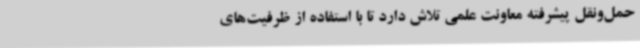
حمل‌ونقل پیشرفته معاونت علمی تلاش دارد تا با استفاده از ظرفیت‌های